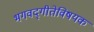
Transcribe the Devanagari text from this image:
भगवद्‌गीतेविषयक